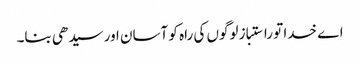
اے خدا تو راستباز لوگوں کی راہ کو آسان اور سیدھی بنا۔